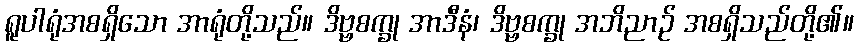
ရူပါရုံအစရှိသော အာရုံတို့သည်။ ဒိဗ္ဗစက္ခု အာဒီနံ၊ ဒိဗ္ဗစက္ခု အဘိညာဉ် အစရှိသည်တို့၏။